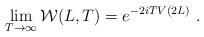
LaTeX: \begin{align*}\lim_{T\to\infty}{\cal W}(L,T)= e^{-2i T V(2L)}\ .\end{align*}